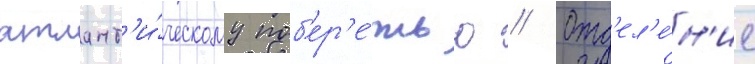
атлант'и́ческому поб'ер'е́жью // Отд'ел'е́н'ие